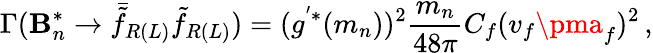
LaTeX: \Gamma(\mathbf{B}_{n}^{*}\rightarrow\bar{{\tilde{{f}}}}_{R(L)}\tilde{{f}}_{R(L)})=(g^{'*}(m_{n}))^{2}\frac{{m_{n}}}{{48\pi}}C_{f}(v_{f}\pma_{f})^{2}\, ,